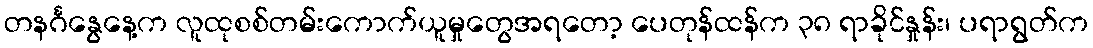
တနင်္ဂနွေနေ့က လူထုစစ်တမ်းကောက်ယူမှုတွေအရတော့ ပေတုန်ထန်က ၃၈ ရာခိုင်နှုန်း၊ ပရာရွတ်က